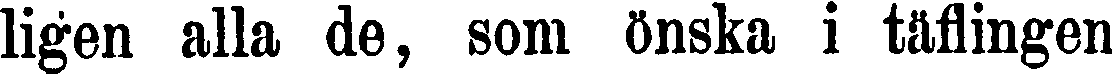
ligen alla de, som önska i täflingen